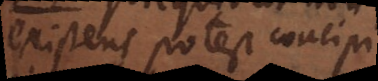
existens potest concipi,